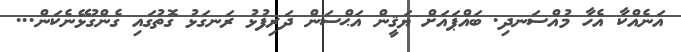
އަނެއްކާ އެހާ މުއްސަނދި. ބައްޕައަށް ޔަޤީން އަޙްސަން ދަރިފުޅު ރަނގަޅު ގޮތުގައި ގެންގުޅޭނެކަން...